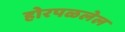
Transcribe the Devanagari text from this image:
होरपळलेल